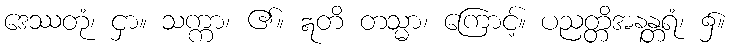
ဒေဿတုံ၊ ငှာ။ သက္ကာ၊ ၏။ ဣတိ တသ္မာ၊ ကြောင့်။ ပညတ္တိအနန္တရံ၊ ၌။